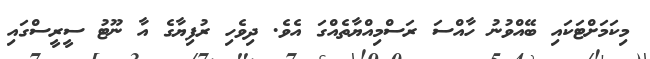
މިކަމަށްޓަކައި ބޭއްވުނު ހާއްސަ ރަސްމިއްޔާތެއްގަ އެވެ. ދިވެހި ރުފިޔާގެ އާ ނޫޓު ސީރީސްގައި